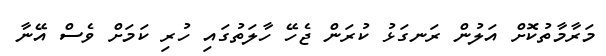
މަރާމާތުކޮށް އަލުން ރަނގަޅު ކުރަން ޖެހޭ ހާލަތުގައި ހުރި ކަމަށް ވެސް އޭނާ